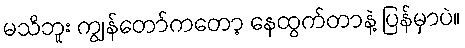
မသိဘူး ကျွန်တော်ကတော့ နေထွက်တာနဲ့ ပြန်မှာပဲ။